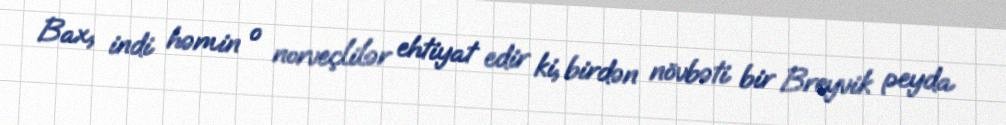
Bax, indi həmin o norveçlilər ehtiyat edir ki, birdən növbəti bir Breyvik peyda